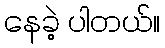
နေခဲ့ ပါတယ်။